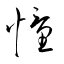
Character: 憧